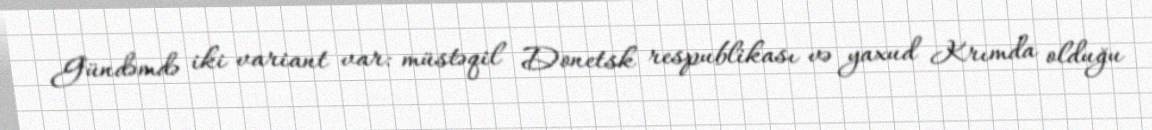
Gündəmdə iki variant var: müstəqil Donetsk respublikası və yaxud Krımda olduğu